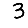
Digit: 3